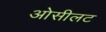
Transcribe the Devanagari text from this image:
ओसीलट